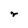
Character: r